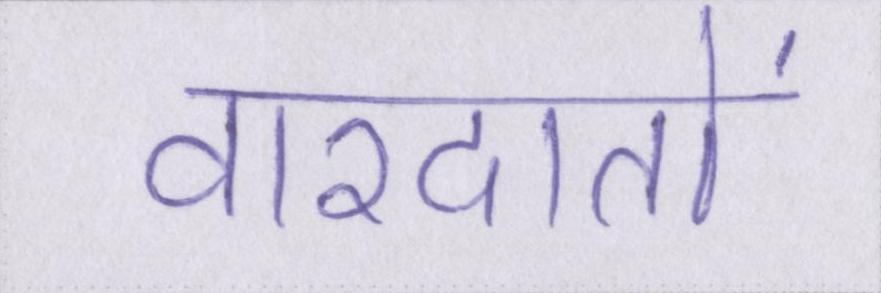
वारदातों